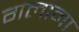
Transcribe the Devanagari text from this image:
गलाना